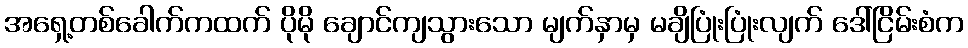
အရှေ့တစ်ခေါက်ကထက် ပိုမို ချောင်ကျသွားသော မျက်နှာမှ မချိပြုံးပြုံးလျက် ဒေါ်ငြိမ်းစံက